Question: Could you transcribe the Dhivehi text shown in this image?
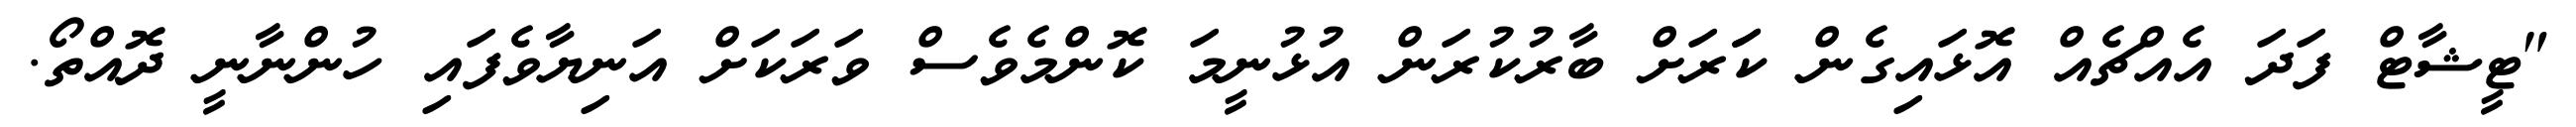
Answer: "ޓީޝާޓް ފަދަ އެއްޗެއް އޮޅައިގެން ކަަރަށް ބާރުކުރަން އުޅުނީމަ ކޮންމެވެސް ވަރަކަށް އަނިޔާވެފައި ހުންނާނީ ދޮއްތޯ.